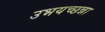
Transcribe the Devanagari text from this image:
उभयच्छन्ना